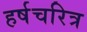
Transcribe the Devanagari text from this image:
हर्षचरित्र